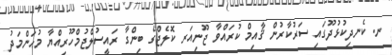
ނ. ކެނދިކުޅުދޫގައި ސަރުކާރުން ޤާއިމް ކުރައްވާ ޖޫނިއަރ ކޮލެޖްގެ ބިންގާ ރައީސުލްޖުމްހޫރިއްޔާ މުޙަންމަދު